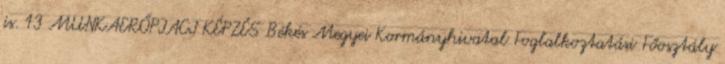
is. 13 MUNKAERŐPIACI KÉPZÉS Békés Megyei Kormányhivatal Foglalkoztatási Főosztály